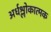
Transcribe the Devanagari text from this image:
अर्धश्लोकात्मक